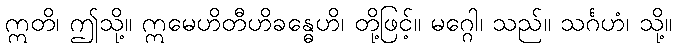
ဣတိ၊ ဤသို့။ ဣမေဟိတီဟိခန္ဓေဟိ၊ တို့ဖြင့်။ မဂ္ဂေါ၊ သည်။ သင်္ဂဟံ၊ သို့။